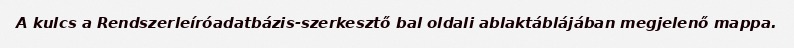
A kulcs a Rendszerleíróadatbázis-szerkesztő bal oldali ablaktáblájában megjelenő mappa.